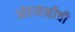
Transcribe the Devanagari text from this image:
ओएमव्हीची